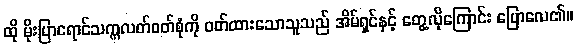
ထို မိုးပြာရောင်သက္ကလတ်ဝတ်စုံကို ဝတ်ထားသောသူသည် အိမ်ရှင်နှင့် တွေ့လိုကြောင်း ပြောလေ၏။